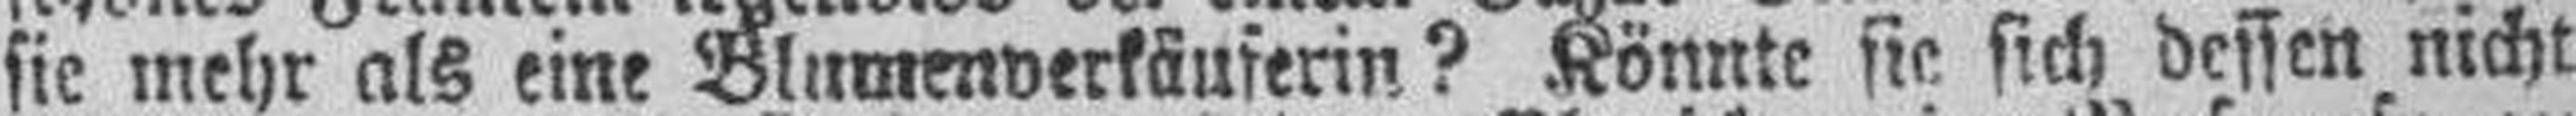
sie mehr als eine Blumenverkäuferin? Könnte sie sich dessen nicht